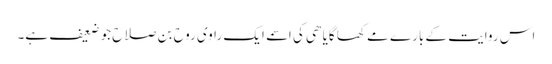
اس روایت کے بارے مے کھا گایا ھی کی اسمے ایک راوی روح بن صلاح جو ضعیف ہے۔